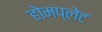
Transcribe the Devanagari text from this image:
होमप्लेट